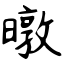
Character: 暾